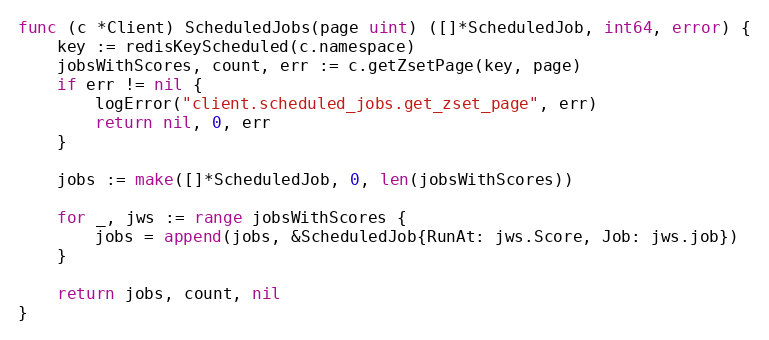
Language: Go
func (c *Client) ScheduledJobs(page uint) ([]*ScheduledJob, int64, error) {
	key := redisKeyScheduled(c.namespace)
	jobsWithScores, count, err := c.getZsetPage(key, page)
	if err != nil {
		logError("client.scheduled_jobs.get_zset_page", err)
		return nil, 0, err
	}

	jobs := make([]*ScheduledJob, 0, len(jobsWithScores))

	for _, jws := range jobsWithScores {
		jobs = append(jobs, &ScheduledJob{RunAt: jws.Score, Job: jws.job})
	}

	return jobs, count, nil
}